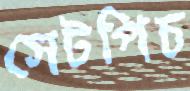
সেটপিচ